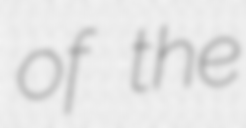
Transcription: of the